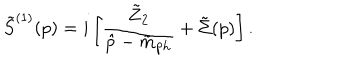
\tilde { S } ^ { ( 1 ) } ( p ) = i \left[ \frac { \tilde { Z } _ { 2 } } { \hat { p } - \tilde { m } _ { \mathrm { p h } } } + \tilde { \Sigma } ( p ) \right] .